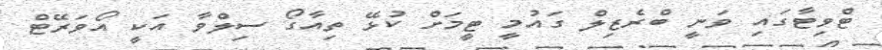
ޓްވިޓާގައި ވަނީ ބްރެޒިލް ގައުމީ ޓީމަށް ކުޅޭ ތިއާގޯ ސިލްވާ އަކީ އޯވަރޭޓް